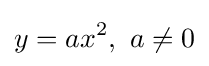
y=ax^{2},\ a\neq 0